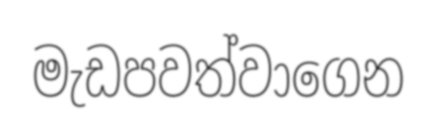
මැඩපවත්වාගෙන